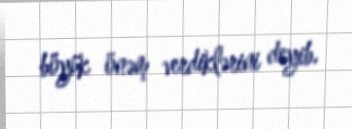
böyük önəm verdiklərini deyib.